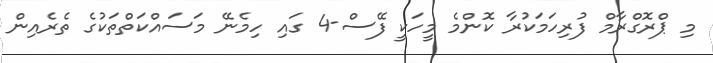
މި ޕްރޮގްރާމް ފުރިހަމަކުރާ ކޮންމެ މީހަކީ ފޭސް-4 ގައި ހިމެނޭ މަސައްކަތްތަކުގެ ތެރެއިން